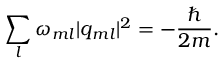
\sum _ { l } \omega _ { m l } | q _ { m l } | ^ { 2 } = - \frac { \hbar } { 2 m } .